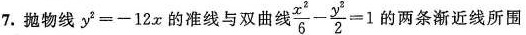
7.抛物线$$y ^ { 2 } = - 1 2 x$$的准线与双曲线$$\frac { x ^ { 2 } } { 6 } - \frac { y ^ { 2 } } { 2 } =$$的两条渐近线所围